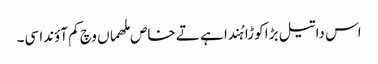
اس دا تیل بڑا کوڑا ہُندا ہے تے خاص ملھماں وچ کم آؤندا سی۔